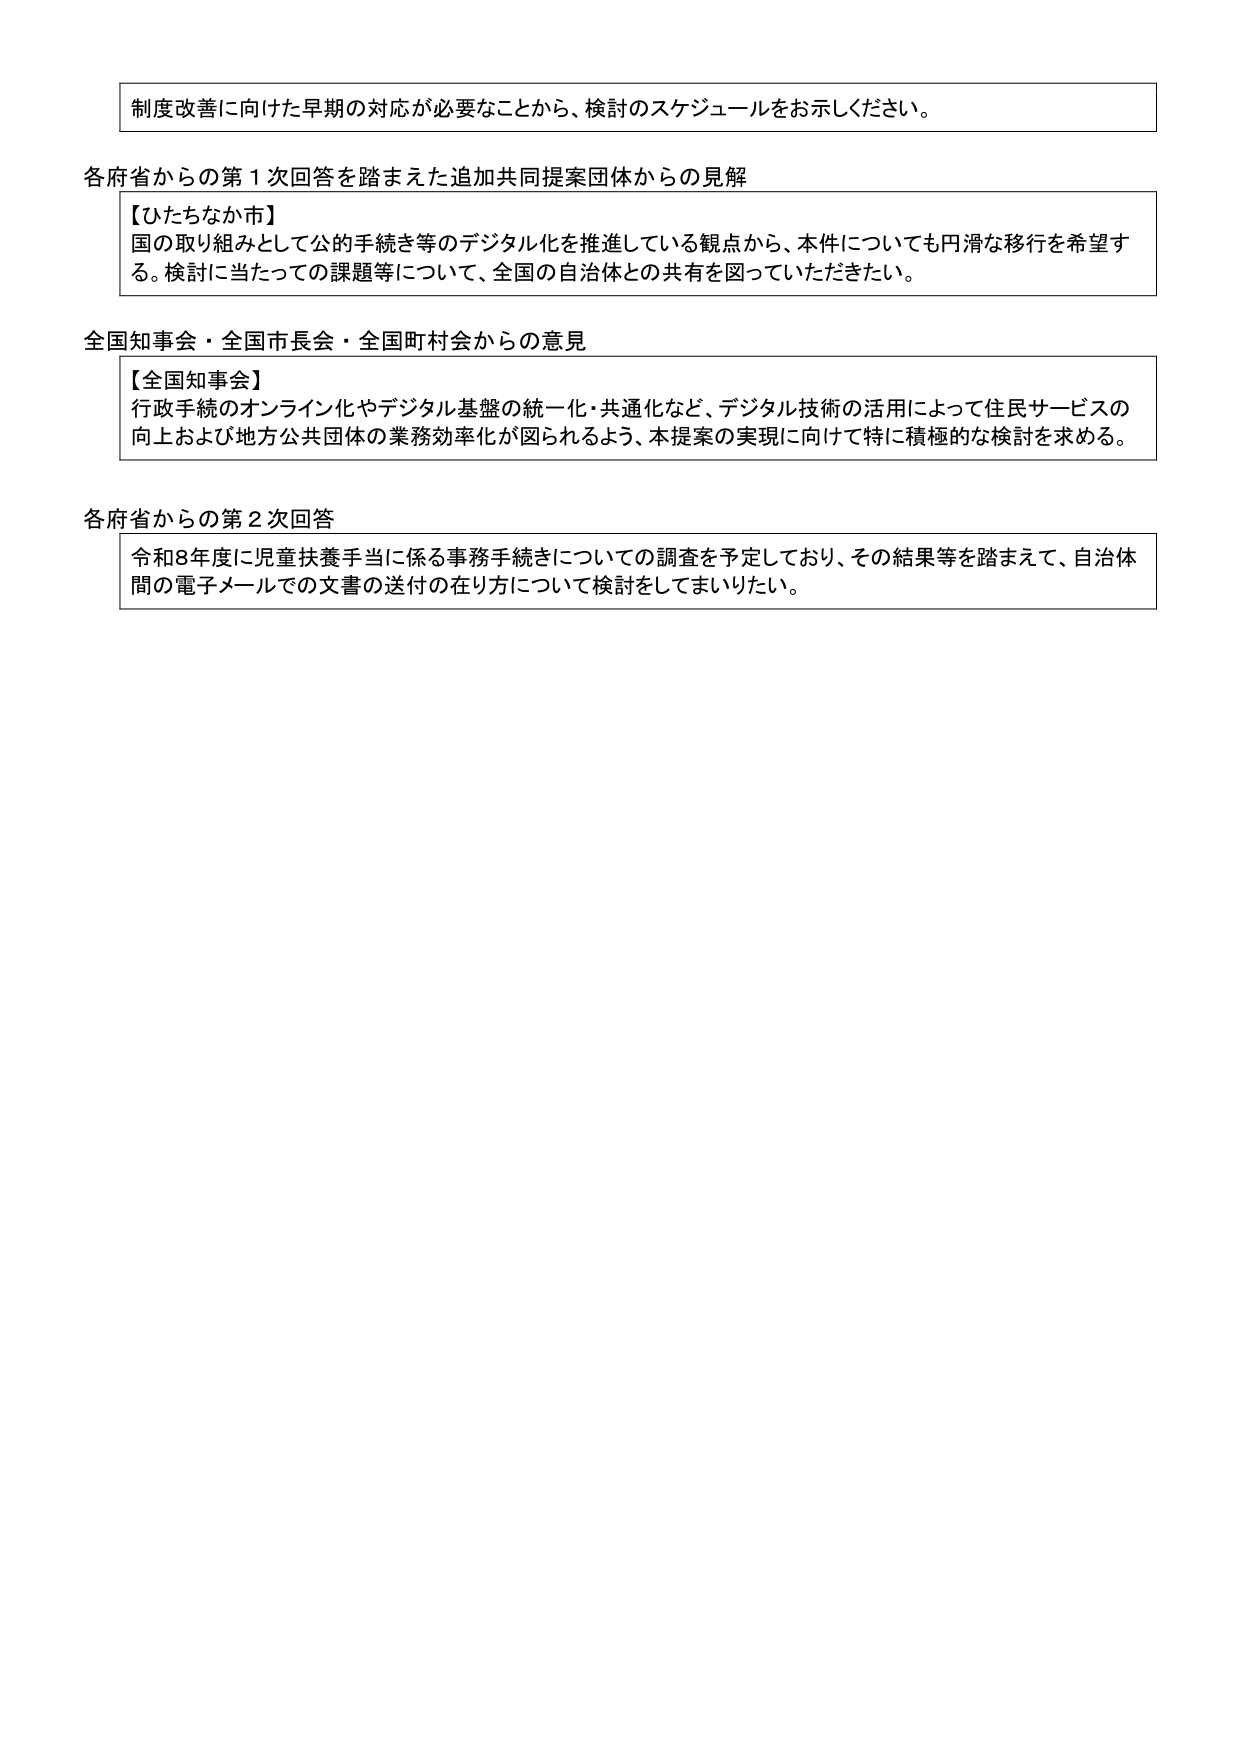
制度改善に向けた早期の対応が必要なことから、検討のスケジュールをお示しください。

各府省からの第１次回答を踏まえた追加共同提案団体からの見解
【ひたちなか市】
国の取り組みとして公的手続き等のデジタル化を推進している観点から、本件についても円滑な移行を希望する。検討に当たっての課題等について、全国の自治体との共有を図っていただきたい。

全国知事会・全国市長会・全国町村会からの意見
【全国知事会】
行政手続のオンライン化やデジタル基盤の統一化・共通化など、デジタル技術の活用によって住民サービスの向上および地方公共団体の業務効率化が図られるよう、本提案の実現に向けて特に積極的な検討を求める。

各府省からの第２次回答
令和8年度に児童扶養手当に係る事務手続きについての調査を予定しており、その結果等を踏まえて、自治体間の電子メールでの文書の送付の在り方について検討をしてまいりたい。